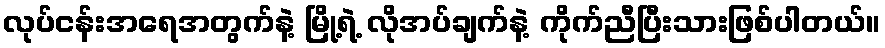
လုပ်ငန်းအရေအတွက်နဲ့ မြို့ရဲ့ လိုအပ်ချက်နဲ့ ကိုက်ညီပြီးသားဖြစ်ပါတယ်။